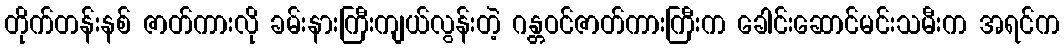
တိုက်တန်းနစ် ဇာတ်ကားလို ခမ်းနားကြီးကျယ်လွန်းတဲ့ ဂန္တဝင်ဇာတ်ကားကြီးက ခေါင်းဆောင်မင်းသမီးက အရင်က